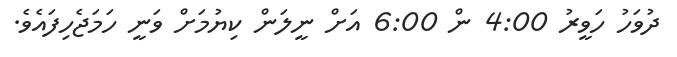
ދުވަހު ހަވީރު 4:00 ން 6:00 އަށް ނީލަން ކިޔުމަށް ވަނީ ހަމަޖެހިފައެވެ.